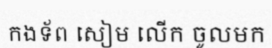
កងទ័ព សៀម លើក ចូលមក